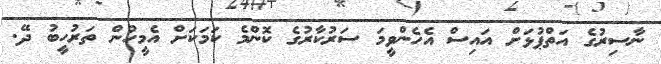
ނާސިރުގެ އަތްޕުޅަށް އައިސް އެހެންވީމަ ސަރުކާރުގެ ކޮންމެ ކަމަކަށް އެމީހުން ތަރުހީބު ދޭ.